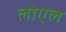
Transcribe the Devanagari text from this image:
लोएल